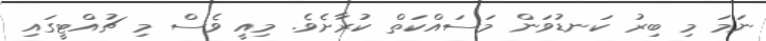
ނަމަ މި ބިރު ކަނޑުވަން މަސައްކަތް ކުރާށެވެ. މިއީ ވެސް މި ޗުއްޓީގައި